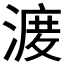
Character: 𱨝